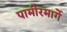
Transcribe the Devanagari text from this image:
पामीरमार्गे